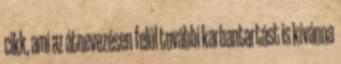
cikk, ami az átnevezésen felül további karbantartást is kívánna